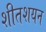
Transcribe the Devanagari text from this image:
शीतशयन